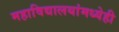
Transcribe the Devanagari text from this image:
महाविद्यालयांमध्येही